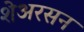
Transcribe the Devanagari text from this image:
शेअरसन